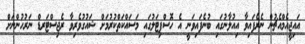
އައިޖީއެމްއެޗުން ނެރެފައިވާ އިއުލާނުގައި ބުނެފައިވަނީ އެ ހޮސްޕިޓަލުގައި މަސައްކަތްކުރުމަށް ޝައުގުވެރިވާ ރެޖިސްޓަރޑް ނަރުހުންނަށް